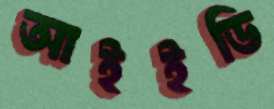
আইইডি